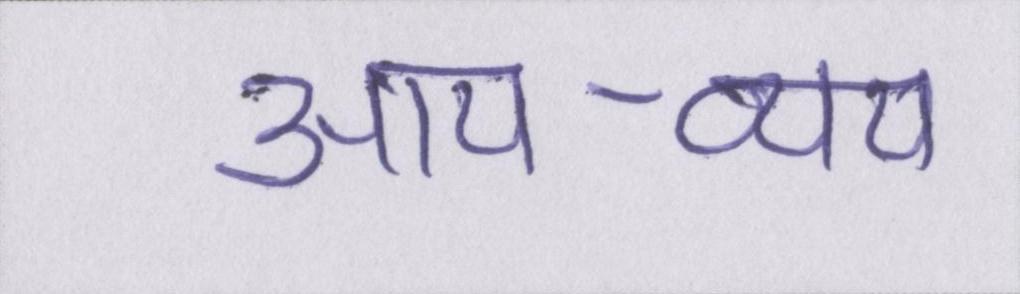
आय-व्यय